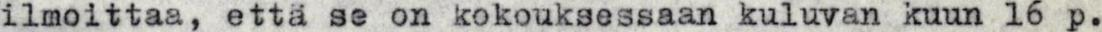
ilmoittaa, että se on kokouksessaan kuluvan kuun 16 p.